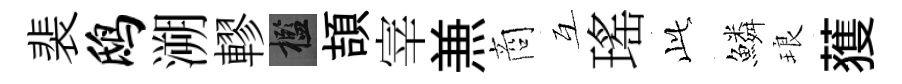
裴鸱溯轇檻頡宰𠔥商互瑤𬼘鱗琅𫉬